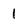
Character: l